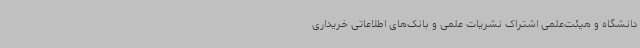
دانشگاه و هیئت‌علمی اشتراک نشریات علمی و بانک‌های اطلاعاتی خریداری